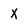
Character: X